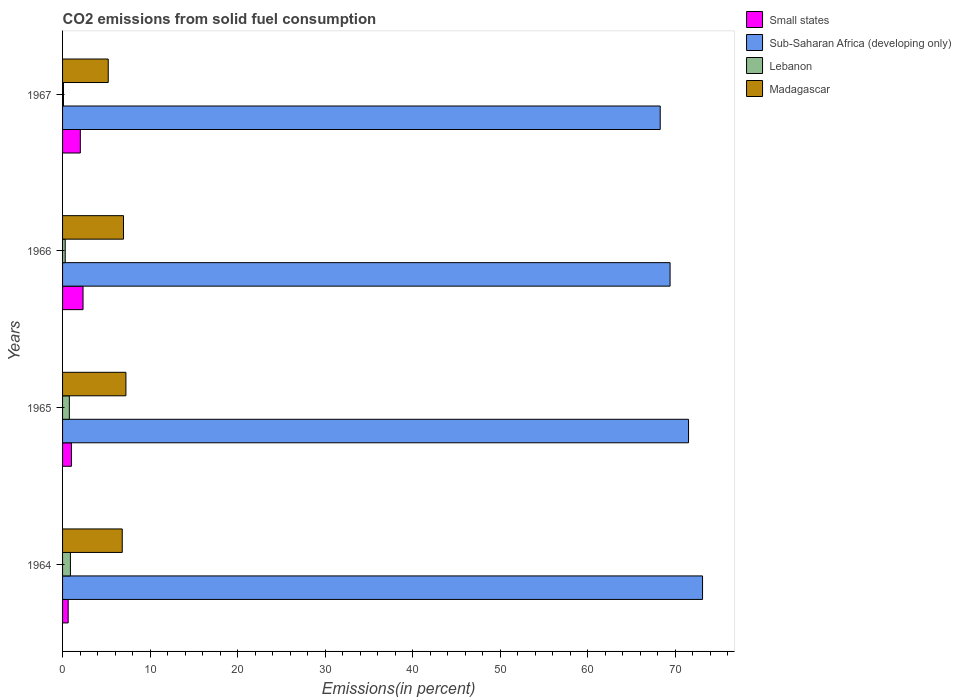
| Years | Small states | Sub-Saharan Africa (developing only) | Lebanon | Madagascar |
 | --- | --- | --- | --- | --- |
 | 1964 | 0.64 | 73.1 | 0.898 | 6.82 |
 | 1965 | 1.02 | 71.5 | 0.773 | 7.24 |
 | 1966 | 2.34 | 69.4 | 0.303 | 6.96 |
 | 1967 | 2.03 | 68.3 | 0.103 | 5.22 |